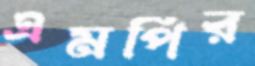
এমপির